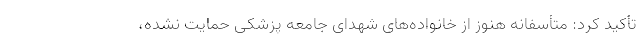
تأکید کرد: متأسفانه هنوز از خانواده‌های شهدای جامعه پزشکی حمایت نشده،